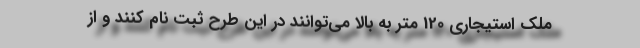
ملک استیجاری 120 متر به بالا می‌توانند در این طرح ثبت نام کنند و از